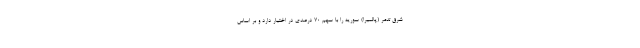
شرق تدمر (پالمیرا) سوریه را با سهم 70 درصدی در اختیار دارد و بر اساس